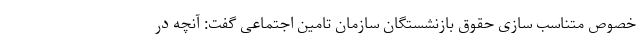
خصوص متناسب سازی حقوق بازنشستگان سازمان تامین اجتماعی گفت: آنچه در